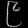
Digit: ၉